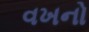
વખનો